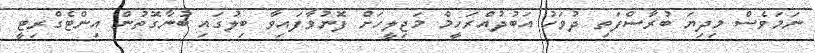
ނަމަވެސް މިދިޔަ ބުރާސްފަތި ދުވަހު އަބުދުއްރަހީމް މަޖިލީހަށް ފޮނުވާފައިވާ ބިލުގައި ބުނާގޮތުން އިންޓެގްރިޓީ